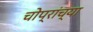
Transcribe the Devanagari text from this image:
चोप्रांच्या